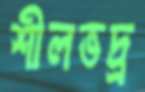
শীলভদ্র্র